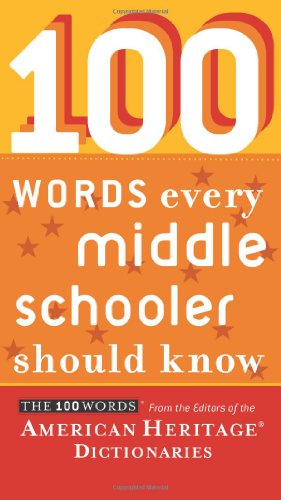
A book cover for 100 Words Every Middle Schooler Should Know; Editors of the American Heritage Dictionaries; Teen & Young Adult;